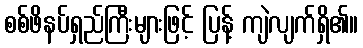
စစ်ဖိနပ်ရှည်ကြီးများဖြင့် ပြန့် ကျဲလျက်ရှိ၏။